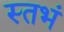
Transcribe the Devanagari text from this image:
स्तभं